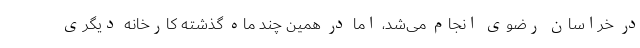
در خراسان رضوی انجام می‌شد، اما در همین چند ماه گذشته کارخانه دیگری